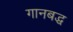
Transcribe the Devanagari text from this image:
गानबद्ध